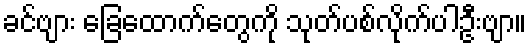
ခင်ဗျား ခြေထောက်တွေကို သုတ်ပစ်လိုက်ပါဦးဗျာ။